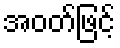
အဝတ်ဖြင့်